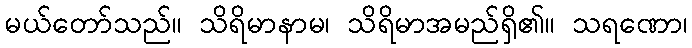
မယ်တော်သည်။ သိရိမာနာမ၊ သိရိမာအမည်ရှိ၏။ သရဏော၊